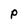
Character: P